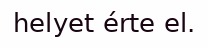
helyet érte el.